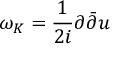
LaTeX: \omega _ { K } = \frac { 1 } { 2 i } \partial { \bar { \partial } } u